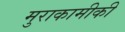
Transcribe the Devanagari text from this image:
मुराकामीकी